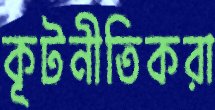
কূটনীতিকরা